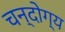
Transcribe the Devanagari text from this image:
चन्दोग्य